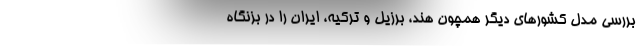
بررسی مدل کشورهای دیگر همچون هند، برزیل و ترکیه، ایران را در بزنگاه